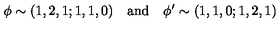
\phi \sim ( 1 , 2 , 1 ; 1 , 1 , 0 ) \quad \mathrm { a n d } \quad \phi ^ { \prime } \sim ( 1 , 1 , 0 ; 1 , 2 , 1 )